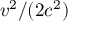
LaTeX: v ^ { 2 } / ( 2 c ^ { 2 } )